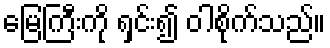
မြေကြီးကို ရှင်း၍ ဝါစိုက်သည်။